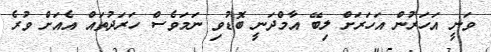
ވަނީ އަހަރުން އަހަރަށް ލިބޭ އާމްދަނީ ބޮޑުވި ނަމަވެސް ހަރަދުތައް އެއަށް ވުރެ